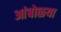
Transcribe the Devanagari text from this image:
आंबोळया